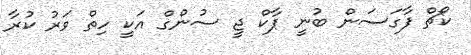
ކޯޗް ފާގަސަން ބުނީ ޕާކް ޖީ ސުންގް އަކީ ހިތް ވަރު ކުރާ